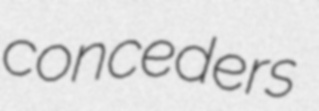
conceders